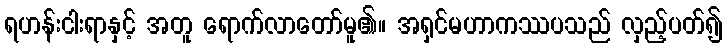
ရဟန်းငါးရာနှင့် အတူ ရောက်လာတော်မူ၏။ အရှင်မဟာကဿပသည် လှည့်ပတ်၍